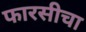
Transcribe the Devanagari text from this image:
फारसीचा